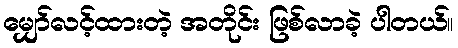
မျှော်လင့်ထားတဲ့ အတိုင်း ဖြစ်လာခဲ့ ပါတယ်။